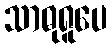
သာဓုရူပေ